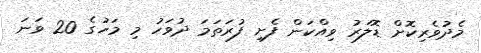
މެދުވެރިކޮށް ޑޮލަރު ވިއްކަން ފެށި ފުރަތަމަ ދުވަހު މި މަހުގެ 20 ވަނަ